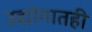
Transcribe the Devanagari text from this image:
उद्योगातही